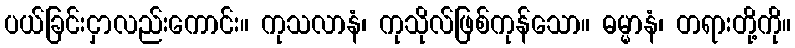
ပယ်ခြင်းငှာလည်းကောင်း။ ကုသလာနံ၊ ကုသိုလ်ဖြစ်ကုန်သော။ ဓမ္မာနံ၊ တရားတို့ကို။